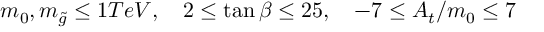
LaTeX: m _ { 0 } , m _ { \tilde { g } } \le 1 T e V , \quad 2 \le \tan \beta \le 2 5 , \quad - 7 \le A _ { t } / m _ { 0 } \le 7